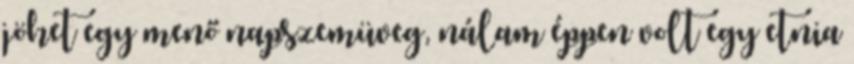
jöhet egy menő napszemüveg, nálam éppen volt egy etnia